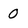
Character: 0